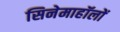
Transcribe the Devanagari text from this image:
सिनेमाहॉलों